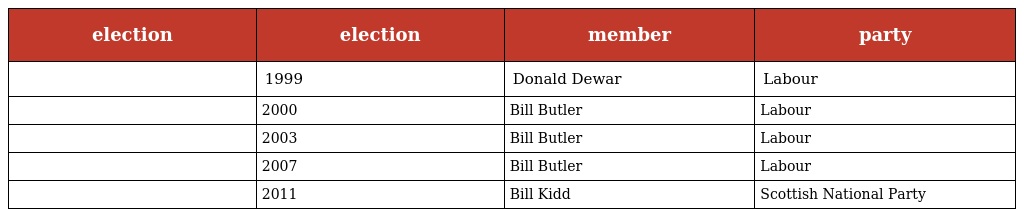
| election | election | member | party |
 | --- | --- | --- | --- |
 |  | 1999 | Donald Dewar | Labour |
 |  | 2000 | Bill Butler | Labour |
 |  | 2003 | Bill Butler | Labour |
 |  | 2007 | Bill Butler | Labour |
 |  | 2011 | Bill Kidd | Scottish National Party |